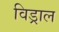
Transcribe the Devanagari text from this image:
विड्राल